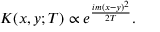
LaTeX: K ( x , y ; T ) \propto e ^ { \frac { i m ( x - y ) ^ { 2 } } { 2 T } } .